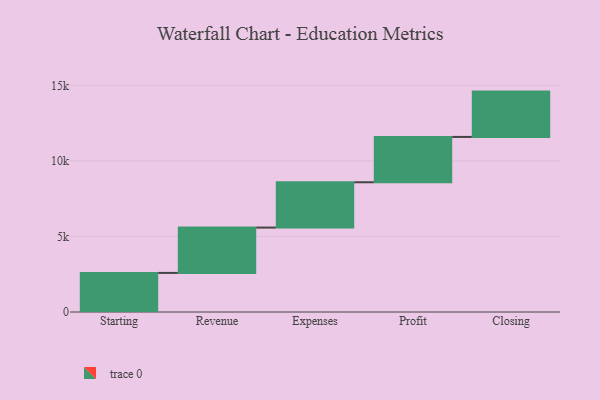
{"axis": {"x": "Step", "y": "Value"}, "legend": [""], "data": [{"x": "Starting", "y": 2587.0, "type": ""}, {"x": "Revenue", "y": 3000, "type": ""}, {"x": "Expenses", "y": 3000, "type": ""}, {"x": "Profit", "y": 3000, "type": ""}, {"x": "Closing", "y": 3000, "type": ""}]}